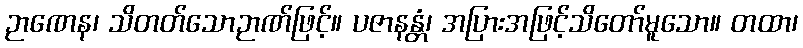
ဉာဏေန၊ သိတတ်သောဉာဏ်ဖြင့်။ ပဇာနန္တံ၊ အပြားအဖြင့်သိတော်မူသော။ တထာ၊